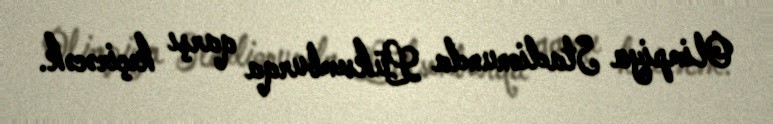
Olimpiya Stadionunda Lüksemburqa qarşı keçirəcək.